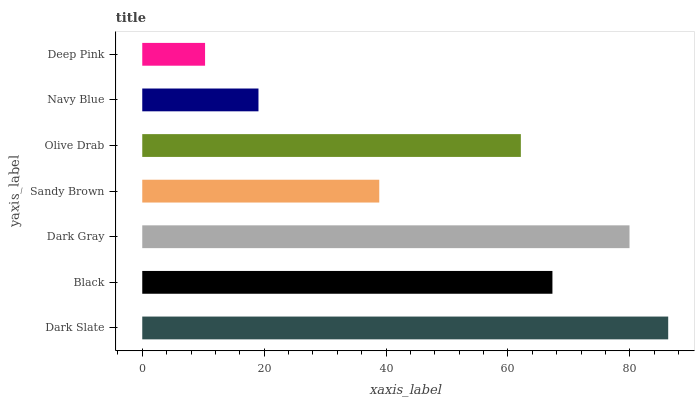
| yaxis_label | bars |
 | --- | --- |
 | Dark Slate | 86.3 |
 | Black | 67.3 |
 | Dark Gray | 80 |
 | Sandy Brown | 38.9 |
 | Olive Drab | 62.1 |
 | Navy Blue | 19.1 |
 | Deep Pink | 10.3 |